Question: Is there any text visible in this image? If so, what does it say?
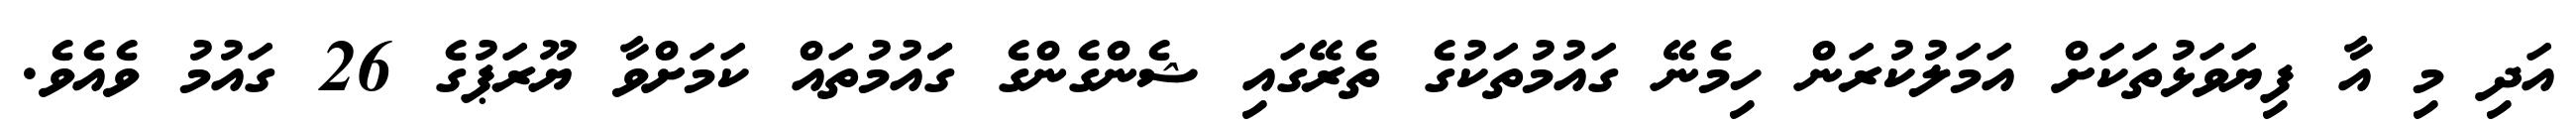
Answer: އަދި މި އާ ފިޔަވަޅުތަކަށް އަމަލުކުރަން ހިމެނޭ ގައުމުތަކުގެ ތެރޭގައި ޝެންގެންގެ ގަަައުމުތައް ކަމަށްވާ ޔޫރަޕުގެ 26 ގައުމު ވެއެވެ.